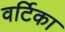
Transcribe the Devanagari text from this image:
वर्टिका